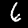
Digit: 6